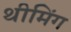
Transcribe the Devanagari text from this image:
थीमिंग